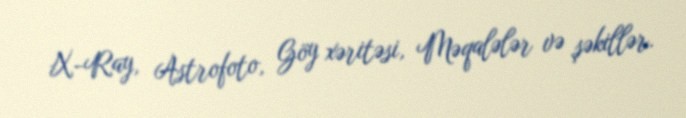
X-Ray, Astrofoto, Göy xəritəsi, Məqalələr və şəkillər.